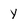
Character: y